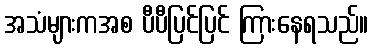
အသံများကအစ ပီပီပြင်ပြင် ကြားနေရသည်။